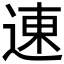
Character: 𬨮